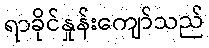
ရာခိုင်နှုန်းကျော်သည်